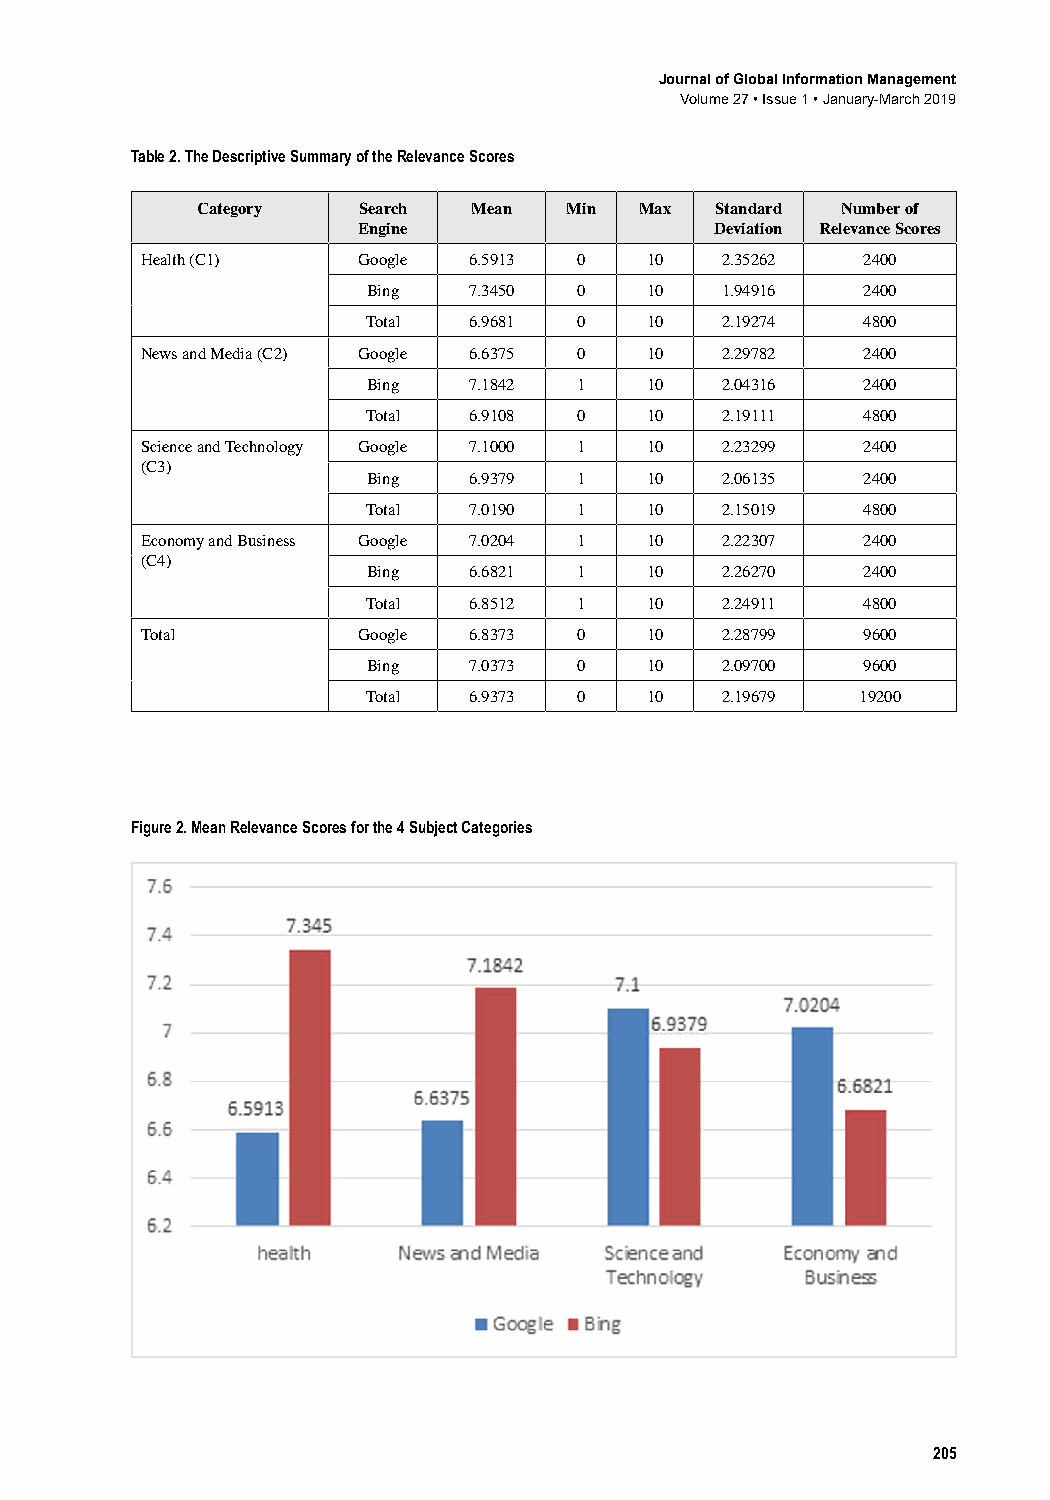
Journal of Global Information Management
 Volume 27 • Issue 1 • January-March 2019
 Table 2. The Descriptive Summary of the Relevance Scores
 Category   Search Mean  Min  Max  Standard Number of
 Engine                 Deviation Relevance Scores
 Health﻿(C1)    Google 6.5913 0    10   2.35262  2400
 Bing   7.3450 0    10   1.94916  2400
 Total  6.9681 0    10   2.19274  4800
 News﻿and﻿Media﻿(C2) Google 6.6375 0 10 2.29782  2400
 Bing   7.1842 1    10   2.04316  2400
 Total  6.9108 0    10   2.19111  4800
 Science﻿and﻿Technology﻿ Google 7.1000 1 10 2.23299 2400
 (C3)
 Bing   6.9379 1    10   2.06135  2400
 Total  7.0190 1    10   2.15019  4800
 Economy﻿and﻿Business﻿ Google 7.0204 1 10 2.22307 2400
 (C4)
 Bing   6.6821 1    10   2.26270  2400
 Total  6.8512 1    10   2.24911  4800
 Total          Google 6.8373 0    10   2.28799  9600
 Bing   7.0373 0    10   2.09700  9600
 Total  6.9373 0    10   2.19679  19200
 Figure 2. Mean Relevance Scores for the 4 Subject Categories
 205